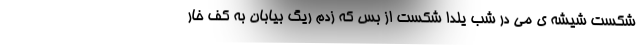
شکست شیشه ی می در شب یلدا شکست از بس که زدم ریگ بیابان به کف خار